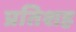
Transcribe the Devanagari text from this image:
प्रतिशह